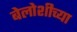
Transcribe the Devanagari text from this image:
बेलोशीच्या